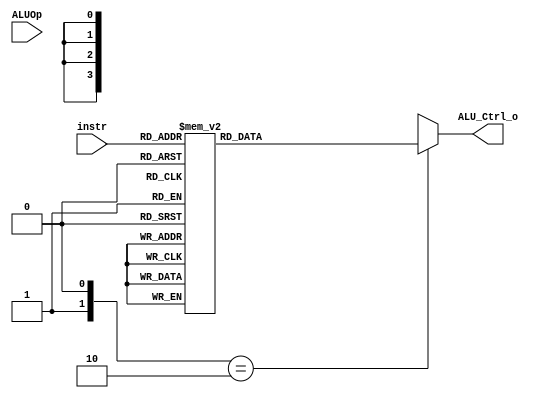
module ALU_Ctrl(
	input	[4-1:0]	instr,
	input	[2-1:0]	ALUOp,
	output	reg [4-1:0] ALU_Ctrl_o
	);
	
/* Write your code HERE */
// instr = Instruction [30, 14-12]
wire [4-1:0] instr;
wire [2-1:0] ALUop;
always @(*) begin
	case (ALUop)
		2'b10:
			case (instr)
				4'b0000: ALU_Ctrl_o = 4'b0010; //add
				4'b1000: ALU_Ctrl_o = 4'b0111; //sub
				4'b0111: ALU_Ctrl_o = 4'b0000; //and
				4'b0110: ALU_Ctrl_o = 4'b0001; //or
				4'b0010: ALU_Ctrl_o = 4'b0111; //slt
				4'b0100: ALU_Ctrl_o = 4'b1000; //xor (defined by myself)
				4'b0001: ALU_Ctrl_o = 4'b1100; //sll (defined bt myself)
				4'b1101: ALU_Ctrl_o = 4'b1011; //sra (defined by myself)
				default: ALU_Ctrl_o = 4'bxxxx; //don't care
			endcase 
		default: ALU_Ctrl_o = 4'bxxxx;
	endcase
end

endmodule